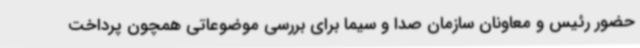
حضور رئیس و معاونان سازمان صدا و سیما برای بررسی موضوعاتی همچون پرداخت